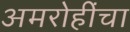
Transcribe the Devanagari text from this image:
अमरोहींचा